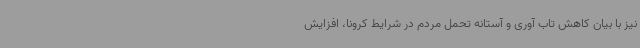
نیز با بیان کاهش تاب آوری و آستانه تحمل مردم در شرایط کرونا، افزایش